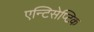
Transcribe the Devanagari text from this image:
एन्टिसेप्टिक